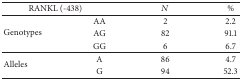
<table><thead><tr><td colspan="2"><b>RANKL (-438)</b></td><td><b><i>N</i></b></td><td><b>%</b></td></tr></thead><tbody><tr><td rowspan="3">Genotypes</td><td>AA</td><td>2</td><td>2.2</td></tr><tr><td>AG</td><td>82</td><td>91.1</td></tr><tr><td>GG</td><td>6</td><td>6.7</td></tr><tr><td rowspan="2">Alleles</td><td>A</td><td>86</td><td>4.7</td></tr><tr><td>G</td><td>94</td><td>52.3</td></tr></tbody></table>